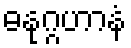
ဓနုဂ္ဂဟာနံ